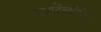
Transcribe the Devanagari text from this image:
मर्यादेबाहेरील